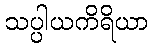
သပ္ပါယကိရိယာ